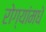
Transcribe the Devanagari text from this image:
रोग्यांमधे